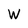
Character: W